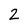
Character: 2